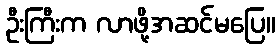
ဦးကြီးက လာဖို့အဆင်မပြေ။